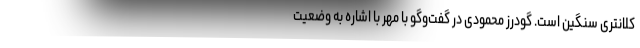
کلانتری سنگین است. گودرز محمودی در گفت‌وگو با مهر با اشاره به وضعیت